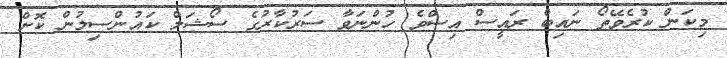
މިކަން ކުރެވޭތޯ ނައިބް ރައީސް އިސްވެ ހުންނަވާ ސަރުކާރުގެ ސޯޝަލް ކައުންސިލުން ކޮށް